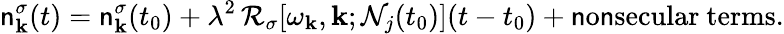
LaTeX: \mathsf{n}_{\mathbf{{k}}}^{\sigma}(t)=\mathsf{n}_{\mathbf{{k}}}^{\sigma}(t_{0})+\lambda^{2}\, \mathcal{{R}}_{\sigma}[\omega_{\mathbf{{k}}},\mathbf{{k}};\mathcal{{N}}_{j}(t_{0})](t-t_{0})+\mathrm{{\mathsf{n}o\mathsf{n}secular~terms}}.